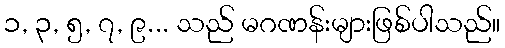
၁, ၃, ၅, ၇, ၉... သည် မဂဏန်းများဖြစ်ပါသည်။